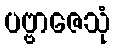
ပဗ္ဗာဇေသုံ